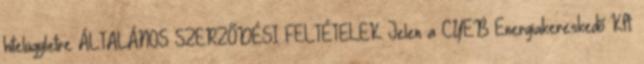
hitelügyletre ÁLTALÁNOS SZERZŐDÉSI FELTÉTELEK Jelen a CYEB Energiakereskedő Kft.